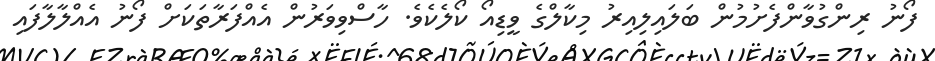
ފޯނު ރިންގުވާންފެށުމުން ބަލައިލިއިރު މިކާލްގެ ވީޑިއޯ ކޯލެކެވެ. ހާސްވިވަރުން އެއްފަރާތަކަށް ފޯނު އެއްލާލާފައި